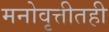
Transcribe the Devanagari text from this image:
मनोवृत्तीतही